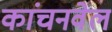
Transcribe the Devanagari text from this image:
कांचनवेल